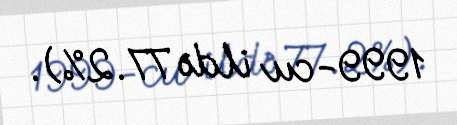
1999-cu ildə 77.2%).